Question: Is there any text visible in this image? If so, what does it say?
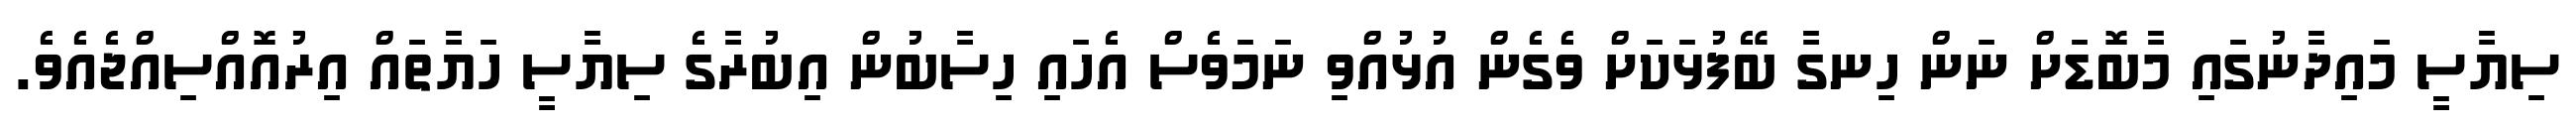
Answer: ސިޔާސީ މައިދާނުގައި މާބޮޑަށް ނަން ހިނގާ ބޭފުޅަކަށް ވެގެން އުޅުއްވި ނަމަވެސް އެހައި ހިސާބުން އިބުރާގެ ސިޔާސީ ހަޔާތައް އިރުއޮއްސިއްޖެއެވެ.